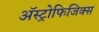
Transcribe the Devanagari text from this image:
ॲस्ट्रोफिजिक्स